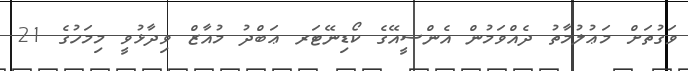
ވަގުތަށް މަޢުލުމާތު ދެއްވަމުން އެންސީއޭގެ ކޯޑިނޭޓަރ ޢަބްދު މުއާޒް ވިދާޅުވީ މިމަހުގެ 21